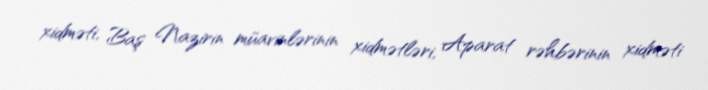
xidməti, Baş Nazirin müavinlərinin xidmətləri, Aparat rəhbərinin xidməti